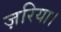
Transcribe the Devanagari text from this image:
ज़रिया।